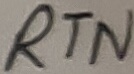
Text: RTN